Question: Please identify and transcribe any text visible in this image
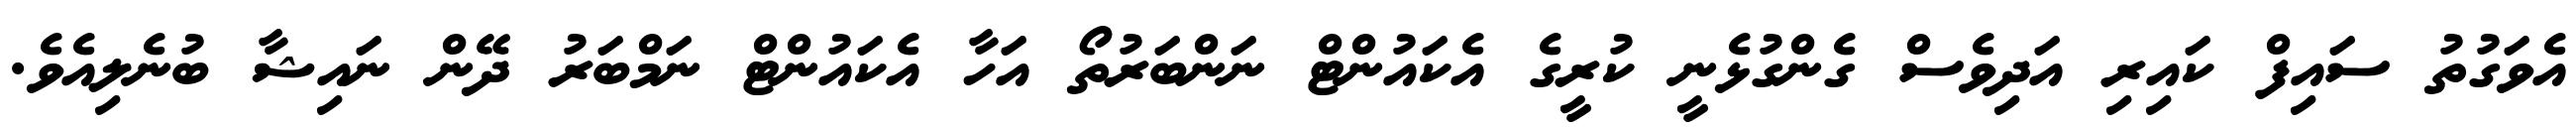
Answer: އެވަގުތު ސައިފް ކައިރި އަދިވެސް ގެންގުޅެނީ ކުރީގެ އެކައުންޓް ނަންބަރުތޯ އަހާ އެކައުންޓް ނަމްބަރު ދޭން ނައިޝާ ބުނެލިއެވެ.